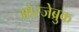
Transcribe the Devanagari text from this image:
ओस्जेब्रुक